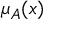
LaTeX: \mu _ { A } ( x )